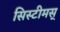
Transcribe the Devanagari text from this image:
सिस्टीमस्